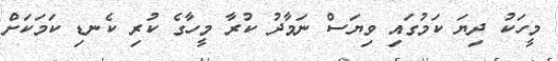
މީހަކު ދިޔަ ކަމުގައި ވިޔަސް ނަމާދު ކުރާ މީހާގެ ކުރިި ކެނޑި ކަމަކަށް